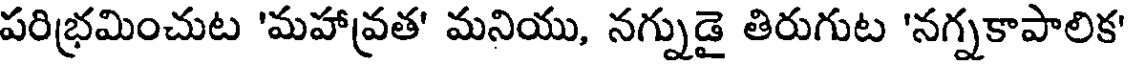
పరిభ్రమించుట 'మహావ్రత' మనియు, నగ్నుడై తిరుగుట 'నగ్నకాపాలిక